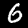
Label: 6